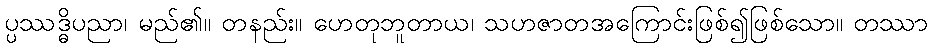
ပ္ပဿဒ္ဓိပညာ၊ မည်၏။ တနည်း။ ဟေတုဘူတာယ၊ သဟဇာတအကြောင်းဖြစ်၍ဖြစ်သော။ တဿာ